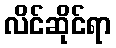
လိင်ဆိုင်ရာ